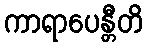
ကာရာပေန္တီတိ